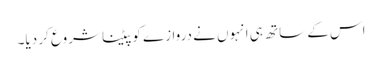
اس کے ساتھ ہی انہوں نے دروازے کو پیٹنا شروع کر دیا۔